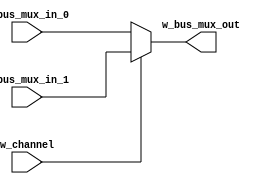
// Module m_2to1_8bit_mux is a dual 2 to 1 multiplexer. When w_channel is HIGH,
// w_bus_mux_in_1 bus is selected. When w_channel is LOW, w_bus_mux_in_0 bus is selected.

module m_2to1_8bit_mux (w_bus_mux_out, w_bus_mux_in_0, w_bus_mux_in_1, w_channel);
	output [7:0] w_bus_mux_out;
	input [7:0] w_bus_mux_in_0, w_bus_mux_in_1;
	input w_channel;

	assign w_bus_mux_out = (w_channel) ? w_bus_mux_in_1 : w_bus_mux_in_0;
endmodule

// Module m_2to1_8bit_mux_with_add1 is a dual 2 to 1 multiplexer. When w_channel is HIGH,
// w_bus_mux_in_1 bus is selected, adding 1 to its value. When w_channel is LOW,
// w_bus_mux_in_0 bus is selected.

module m_2to1_8bit_mux_with_add1 (w_bus_mux_out, w_bus_mux_in_0, w_bus_mux_in_1, w_channel);
	output [7:0] w_bus_mux_out;
	input [7:0] w_bus_mux_in_0, w_bus_mux_in_1;
	input w_channel;

	assign w_bus_mux_out = (w_channel) ? (w_bus_mux_in_1 + 1) : w_bus_mux_in_0;
endmodule


// Module m_2to1_8bit_demux is a 1 to 2 demultiplexer. When w_channel
// is HIGH, w_bus_demux_out_1 takes the value of w_bus_demux_in, while
// the high impedance state is output to w_bus_demux_out_0. When
// w_channel is LOW, w_bus_demux_out_0 takes the value of w_bus_demux_in,
// while the high impedance state is output to w_bus_demux_out_1.

module m_1to2_8bit_demux (w_bus_demux_out_0, w_bus_demux_out_1, w_bus_demux_in, w_channel);
	output [7:0] w_bus_demux_out_0, w_bus_demux_out_1;
	input [7:0] w_bus_demux_in;
	input w_channel;
	
	assign w_bus_demux_out_0 = (w_channel) ? 8'bzzzzzzzz : w_bus_demux_in;
	assign w_bus_demux_out_1 = (w_channel) ? w_bus_demux_in : 8'bzzzzzzzz;
endmodule